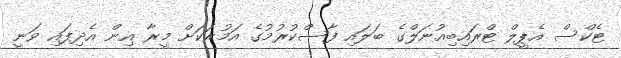
ޓެކްސް އެޕީލް ޓްރައިބިއުނަލްގެ ބަލައި ފާސްކުރުމުގެ އަމުރަކަށް މީރާ އިން އެދިފައި ވަނީ